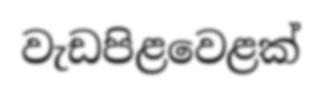
වැඩපිළවෙළක්